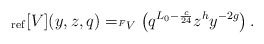
\begin{align*} _{\rm ref}[V](y, z, q) = _{^F V } \left( q^{L_0 -\frac{c}{24}} z^{h} y^{-2g} \right). \end{align*}